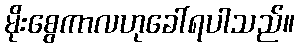
မိုးစွေကာလဟုခေါ်ရပါသည်။